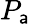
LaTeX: P_{\mathsf{a}}